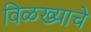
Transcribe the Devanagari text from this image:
विळख्याचे